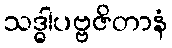
သဒ္ဓါပဗ္ဗဇိတာနံ